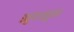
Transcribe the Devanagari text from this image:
झुकझुक